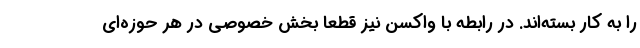
را به کار بسته‌اند. در رابطه با واکسن نیز قطعا بخش خصوصی در هر حوزه‌ای